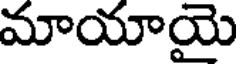
మాయాయై